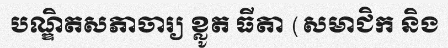
បណ្ឌិតសភាចារ្យ ខ្លូត ធីតា (សមាជិក និង